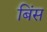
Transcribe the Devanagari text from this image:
बिंस